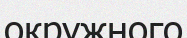
окружного